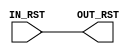
module SyncReset0_1 (
		   IN_RST,
		   OUT_RST
		   );
   input   IN_RST ;
   output  OUT_RST ;
   assign  OUT_RST = IN_RST ;
endmodule